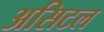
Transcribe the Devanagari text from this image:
असिटल